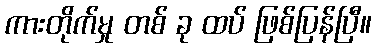
ကားတိုက်မှု တစ် ခု ထပ် ဖြစ်ပြန်ပြီ။